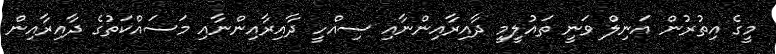
މީގެ އިތުރުން އަނިލް ވަނީ ތައުލީމީ ދާއިރާއިންނާއި ސިއްހީ ދާއިރާއިންނާއި މަސައްކަތުގެ ދާއިރާއިން